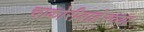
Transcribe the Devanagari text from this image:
चाकोरीबाहेरच्या